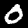
Label: 0